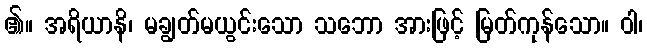
၏။ အရိယာနိ၊ မချွတ်မယွင်းသော သဘော အားဖြင့် မြတ်ကုန်သော။ ဝါ၊